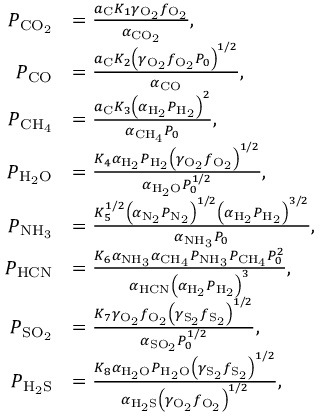
\begin{array} { r l } { P _ { \mathrm { C O _ { 2 } } } } & { = \frac { a _ { \mathrm { C } } K _ { 1 } \gamma _ { \mathrm { O _ { 2 } } } f _ { \mathrm { O _ { 2 } } } } { \alpha _ { \mathrm { C O _ { 2 } } } } , } \\ { P _ { \mathrm { C O } } } & { = \frac { a _ { \mathrm { C } } K _ { 2 } \left( \gamma _ { \mathrm { O _ { 2 } } } f _ { \mathrm { O _ { 2 } } } P _ { 0 } \right) ^ { 1 / 2 } } { \alpha _ { \mathrm { C O } } } , } \\ { P _ { \mathrm { C H _ { 4 } } } } & { = \frac { a _ { \mathrm { C } } K _ { 3 } \left( \alpha _ { \mathrm { H _ { 2 } } } P _ { \mathrm { H _ { 2 } } } \right) ^ { 2 } } { \alpha _ { \mathrm { C H _ { 4 } } } P _ { 0 } } , } \\ { P _ { \mathrm { H _ { 2 } O } } } & { = \frac { K _ { 4 } \alpha _ { \mathrm { H _ { 2 } } } P _ { \mathrm { H _ { 2 } } } \left( \gamma _ { \mathrm { O _ { 2 } } } f _ { \mathrm { O _ { 2 } } } \right) ^ { 1 / 2 } } { \alpha _ { \mathrm { H _ { 2 } O } } P _ { 0 } ^ { 1 / 2 } } , } \\ { P _ { \mathrm { N H _ { 3 } } } } & { = \frac { K _ { 5 } ^ { 1 / 2 } \left( \alpha _ { \mathrm { N _ { 2 } } } P _ { \mathrm { N _ { 2 } } } \right) ^ { 1 / 2 } \left( \alpha _ { \mathrm { H _ { 2 } } } P _ { \mathrm { H _ { 2 } } } \right) ^ { 3 / 2 } } { \alpha _ { \mathrm { N H _ { 3 } } } P _ { 0 } } , } \\ { P _ { \mathrm { H C N } } } & { = \frac { K _ { 6 } \alpha _ { \mathrm { N H _ { 3 } } } \alpha _ { \mathrm { C H _ { 4 } } } P _ { \mathrm { N H _ { 3 } } } P _ { \mathrm { C H _ { 4 } } } P _ { 0 } ^ { 2 } } { \alpha _ { \mathrm { H C N } } \left( \alpha _ { \mathrm { H _ { 2 } } } P _ { \mathrm { H _ { 2 } } } \right) ^ { 3 } } , } \\ { P _ { \mathrm { S O _ { 2 } } } } & { = \frac { K _ { 7 } \gamma _ { \mathrm { O _ { 2 } } } f _ { \mathrm { O _ { 2 } } } \left( \gamma _ { \mathrm { S _ { 2 } } } f _ { \mathrm { S _ { 2 } } } \right) ^ { 1 / 2 } } { \alpha _ { \mathrm { S O _ { 2 } } } P _ { 0 } ^ { 1 / 2 } } , } \\ { P _ { \mathrm { H _ { 2 } S } } } & { = \frac { K _ { 8 } \alpha _ { \mathrm { H _ { 2 } O } } P _ { \mathrm { H _ { 2 } O } } \left( \gamma _ { \mathrm { S _ { 2 } } } f _ { \mathrm { S _ { 2 } } } \right) ^ { 1 / 2 } } { \alpha _ { \mathrm { H _ { 2 } S } } \left( \gamma _ { \mathrm { O _ { 2 } } } f _ { \mathrm { O _ { 2 } } } \right) ^ { 1 / 2 } } , } \end{array}